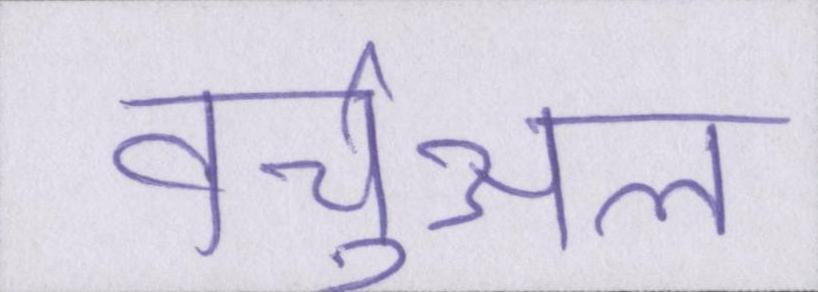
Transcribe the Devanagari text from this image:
वर्चुअल